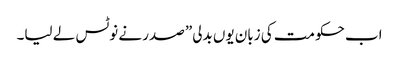
اب حکومت کی زبان یوں بدلی” صدر نے نوٹس لے لیا۔